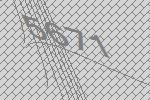
5671